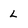
Character: L